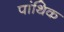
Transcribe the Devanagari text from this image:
पांथिक